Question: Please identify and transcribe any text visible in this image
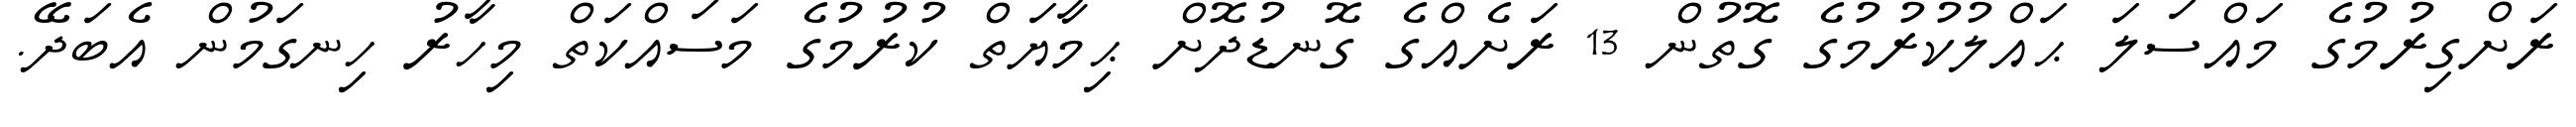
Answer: ރަށްގިރުމުގެ މައްސަލަ ޙައްލުކުރުމުގެ ގޮތުން 13 ރަށެއްގެ ގޮނޑުދޮށް ޙިމާޔަތް ކުރުމުގެ މަސައްކަތް މިހާރު ހިނގަމުން އެބަދޭ.